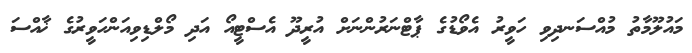
މައުލޫމާތު މުއްސަނދިވި ހަވީރު އެވޯޑުގެ ޕާޓްނަރުންނަށް އުރީދޫ އެސްޓީއޯ އަދި މޯލްޑިވިއަންހަވީރުގެ ޚާއްސަ